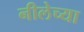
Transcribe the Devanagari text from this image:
नीलेच्या